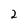
Character: 2